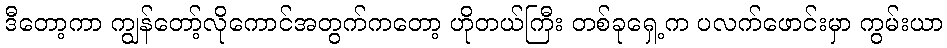
ဒီတော့ကာ ကျွန်တော့်လိုကောင်အတွက်ကတော့ ဟိုတယ်ကြီး တစ်ခုရှေ့က ပလက်ဖောင်းမှာ ကွမ်းယာ